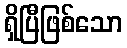
ရှိပြီဖြစ်သော